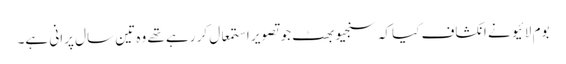
بوم لائیو نے انکشاف کیا کہ سنجیو بھٹ جو تصویر استمعال کر رہے تھے وہ تین سال پرانی ہے۔